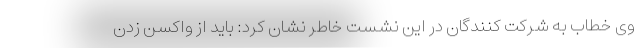
وی خطاب به شرکت کنندگان در این نشست خاطر نشان کرد: باید از واکسن زدن